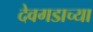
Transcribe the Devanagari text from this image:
देवगडाच्या